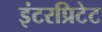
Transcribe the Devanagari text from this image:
इंटरप्रिटेट